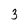
Character: 3